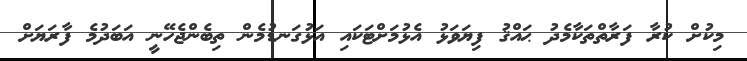
މިކުށް ކުރާ ފަރާތްތަކާމެދު ޙައްޤު ފިޔަވަޅު އެޅުމަށްޓަކައި އަޅުގަނޑުމެން ތިބެންޖެހޭނީ އަބަދުމެ ފާރަޔަށް